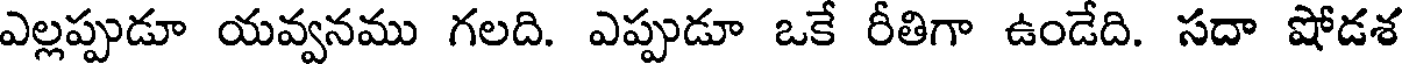
ఎల్లప్పుడూ యవ్వనము గలది. ఎప్పుడూ ఒకే రీతిగా ఉండేది. సదా షోడశ